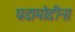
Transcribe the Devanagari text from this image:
घडामोडीना